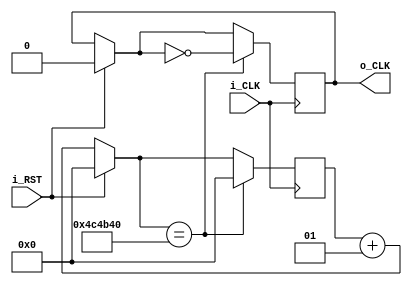
module time_divider 
#(parameter ratio=10000000) // 100M=1e8  1e8/100000=1e3HZ->1ms
(
    input i_CLK, //
    input i_RST, //
    output reg o_CLK //
);
    integer c;
    integer target=ratio/2;
    initial begin
        o_CLK=0;
        c=0;
    end
    always @(posedge i_CLK) begin
        if(i_RST==1) begin
            c=0;
            o_CLK=0;
        end
        else begin
            c=c+1;
        end
        if(c==target) begin
            o_CLK=~o_CLK;
            c=0;
        end
    end
endmodule